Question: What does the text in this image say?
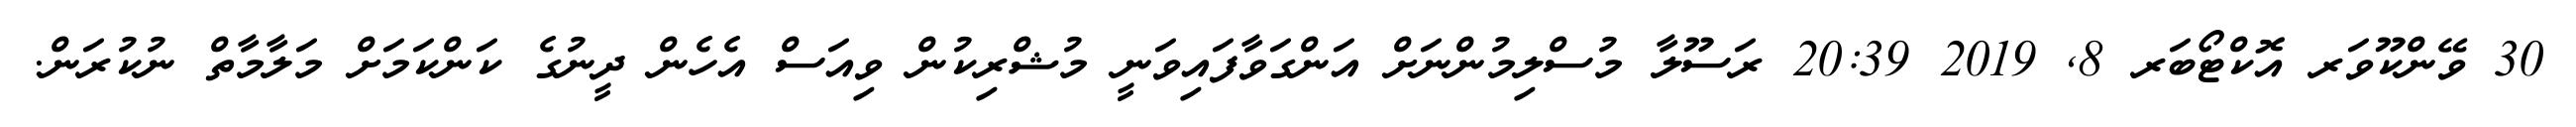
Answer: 30 ވޭންކޫވަރ އޮކްޓޯބަރ 8, 2019 20:39 ރަސޫލާ މުސްލިމުންނަށް އަންގަވާފައިވަނީ މުޝްރިކުން ވިއަސް އެހެން ދީނުގެ ކަންކަމަށް މަލާމާތް ނުކުރަން.